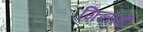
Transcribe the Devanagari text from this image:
गिनाईं